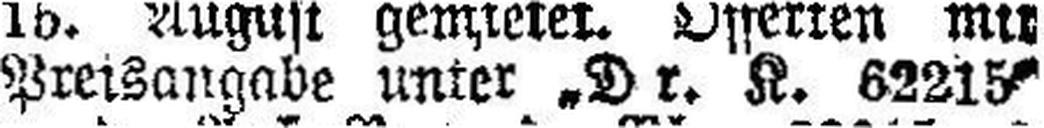
Preisangabe unter „D r. K. 62215“